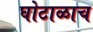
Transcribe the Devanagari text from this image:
घोटाळाच